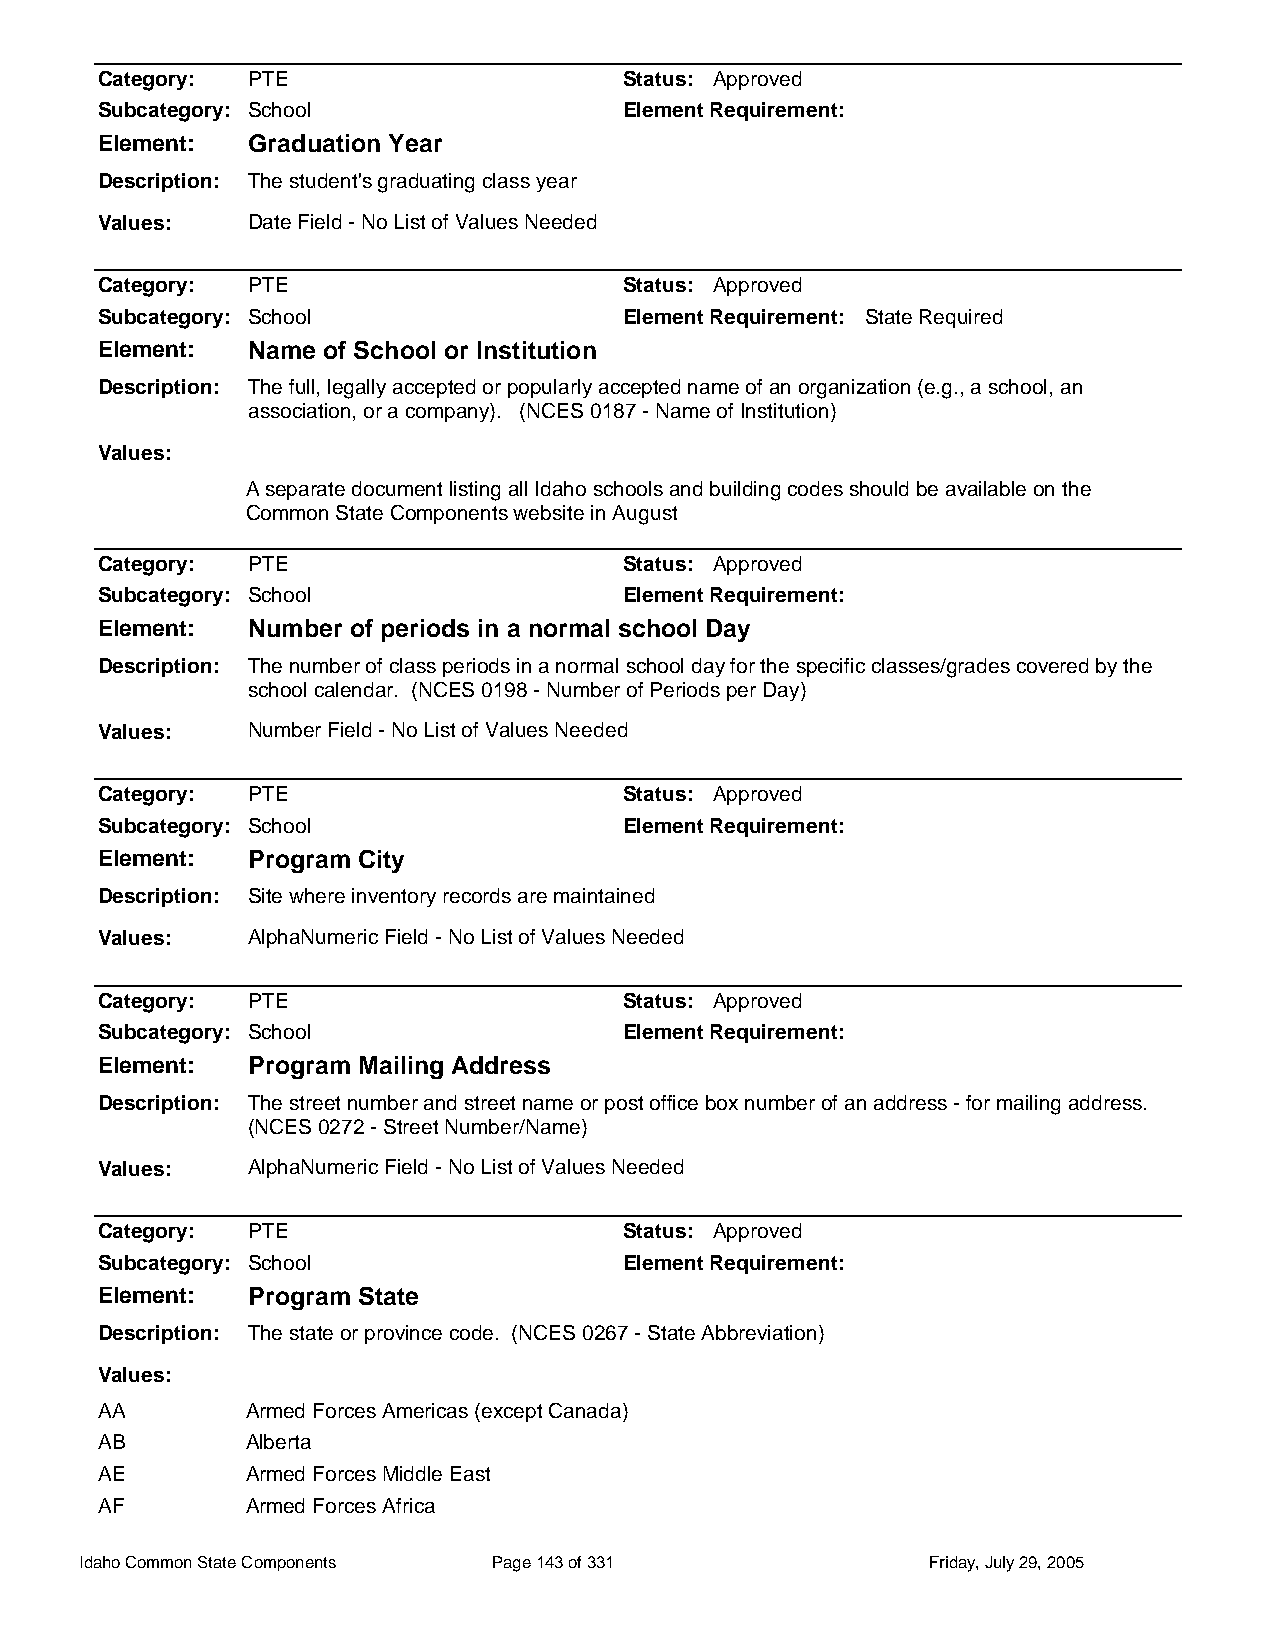
Category: PTE                      Status: Approved
 Subcategory: School                Element Requirement:
 Element:  Graduation Year
 Description: The student's graduating class year
 Values:   Date Field - No List of Values Needed
 Category: PTE                      Status: Approved
 Subcategory: School                Element Requirement: State Required
 Element:  Name of School or Institution
 Description: The full, legally accepted or popularly accepted name of an organization (e.g., a school, an
 association, or a company). (NCES 0187 - Name of Institution)
 Values:
 A separate document listing all Idaho schools and building codes should be available on the
 Common State Components website in August
 Category: PTE                      Status: Approved
 Subcategory: School                Element Requirement:
 Element:  Number of periods in a normal school Day
 Description: The number of class periods in a normal school day for the specific classes/grades covered by the
 school calendar. (NCES 0198 - Number of Periods per Day)
 Values:   Number Field - No List of Values Needed
 Category: PTE                      Status: Approved
 Subcategory: School                Element Requirement:
 Element:  Program City
 Description: Site where inventory records are maintained
 Values:   AlphaNumeric Field - No List of Values Needed
 Category: PTE                      Status: Approved
 Subcategory: School                Element Requirement:
 Element:  Program Mailing Address
 Description: The street number and street name or post office box number of an address - for mailing address.
 (NCES 0272 - Street Number/Name)
 Values:   AlphaNumeric Field - No List of Values Needed
 Category: PTE                      Status: Approved
 Subcategory: School                Element Requirement:
 Element:  Program State
 Description: The state or province code. (NCES 0267 - State Abbreviation)
 Values:
 AA        Armed Forces Americas (except Canada)
 AB        Alberta
 AE        Armed Forces Middle East
 AF        Armed Forces Africa
 Idaho Common State Components Page 143 of 331           Friday, July 29, 2005